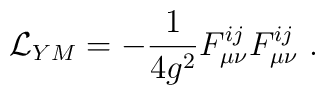
{\cal L}_{YM} = - \frac{1}{4g^2} F^{ij}_{\mu \nu} F^{ij}_{\mu\nu}~.